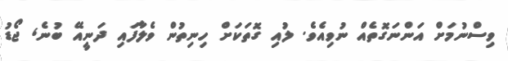
ވިސްނުމަށް އަންނަގޮތެއް ނުވިއެވެ. ލުއި ގޮތަކަށް ހިނިތުން ވެލާާފައި ދަނީއޭ ބުނެެ